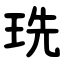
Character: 珗